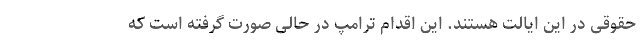
حقوقی در این ایالت هستند. این اقدام ترامپ در حالی صورت گرفته است که